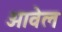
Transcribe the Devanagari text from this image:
आवेल